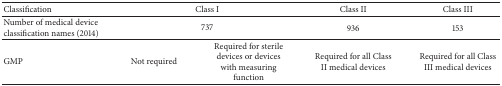
<table><thead><tr><td><b>Classification</b></td><td colspan="2"><b>Class I</b></td><td><b>Class II</b></td><td><b>Class III</b></td></tr></thead><tbody><tr><td>Number of medical device classification names (2014)</td><td colspan="2">737</td><td>936</td><td>153</td></tr><tr><td>GMP</td><td>Not required</td><td>Required for sterile devices or devices with measuring function</td><td>Required for all Class II medical devices</td><td>Required for all Class III medical devices</td></tr></tbody></table>